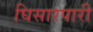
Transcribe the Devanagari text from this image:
घिसारपारी